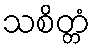
သစိတ္တံ